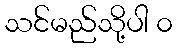
သင်မည်သို့ပါ ၀